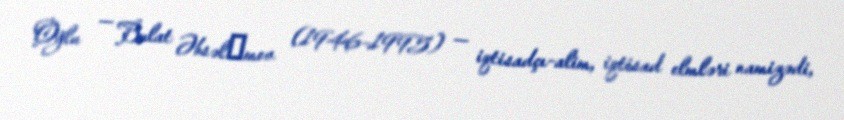
Oğlu — Bulat Əbsəlәmov (1946–1995) — iqtisadçı-alim, iqtisad elmləri namizədi,